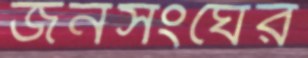
জনসংঘের